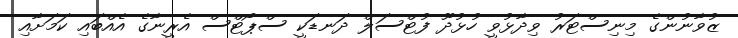
ޒުވާނުންގެ މިނިސްޓަރު ވިދާޅުވީ ހުޅުދޫ ފުޓްސަލް ދަނޑަކީ ސްޕޯޓްސް އެރީނާގެ އެއްބައި ކަމަށާއި